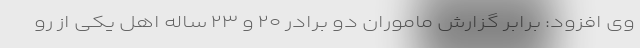
وی افزود: برابر گزارش ماموران دو برادر ۲۰ و ۲۳ ساله اهل یکی از رو